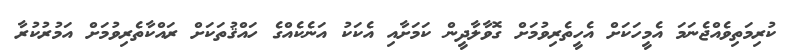
ކުރިމަތިވެއްޖެނަމަ އެމީހަކަށް އެހީތެރިވުމަށް ގޮވާލާދީން ކަމަށާއި އެކަކު އަނެކެއްގެ ހައްޤުތަކަށް ރައްކާތެރިވުމަށް އަމުރުކުރާ